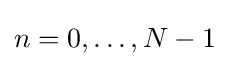
n=0,\dots ,N-1